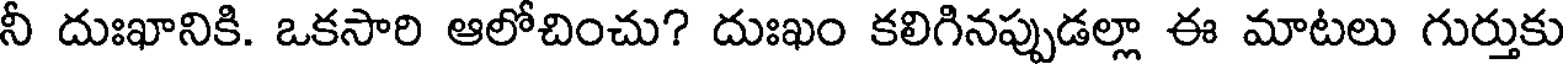
నీ దుఃఖానికి. ఒకసారి ఆలోచించు? దుఃఖం కలిగినప్పుడల్లా ఈ మాటలు గుర్తుకు